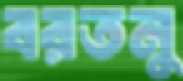
বরতনু